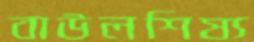
বাউলশিষ্য